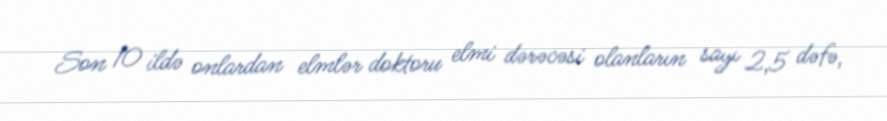
Son 10 ildə onlardan elmlər doktoru elmi dərəcəsi olanların sayı 2,5 dəfə,